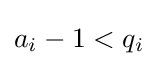
a_{i}-1<q_{i}